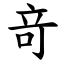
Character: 竒